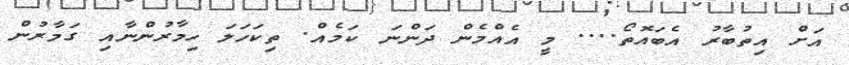
އަށް އިތުބާރު އެބައޮތޯ.... މީ އެެއްމެން ދަންނަ ކަމެއް. ތިކަހަލަ ހިމާރުންނާއި ގަމާރުން